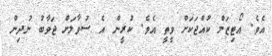
އެވެ. އޯޓިޒަމް ކުއްޖަކަށް ވީތީ އެވެ. ކުރީން އެ ސުވާލަށް ޖަވާބު ނުދިން